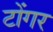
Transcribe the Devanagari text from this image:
टोंगर